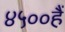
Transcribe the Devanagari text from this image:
४५००हैं